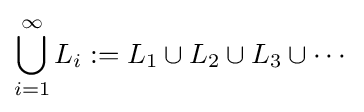
\bigcup _{i=1}^{\infty }L_{i}:=L_{1}\cup L_{2}\cup L_{3}\cup \cdots